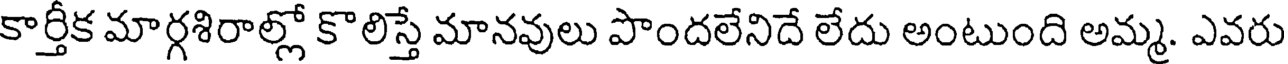
కార్తీక మార్గశిరాల్లో కొలిస్తే మానవులు పొందలేనిదే లేదు అంటుంది అమ్మ. ఎవరు